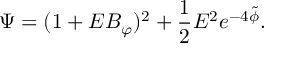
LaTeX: \Psi = ( 1 + E B _ { \varphi } ) ^ { 2 } + \frac { 1 } { 2 } E ^ { 2 } e ^ { - 4 \tilde { \phi } } .